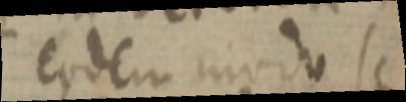
eodem modo se